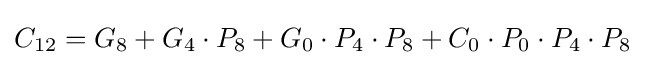
C_{12}=G_{8}+G_{4}\cdot P_{8}+G_{0}\cdot P_{4}\cdot P_{8}+C_{0}\cdot P_{0}\cdot P_{4}\cdot P_{8}